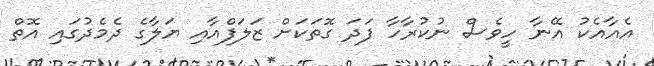
އެއާއެކު އޭނާ ހީވެސް ނުކުރާހާ ފަދަ ގޮތަކަށް ޒަލަފްއާއި ޔަލާގެ ދެމެދުގައި އޮތް